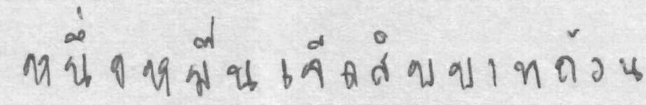
หนึ่งหมื่นเจ็ดสิบบาทถ้วน